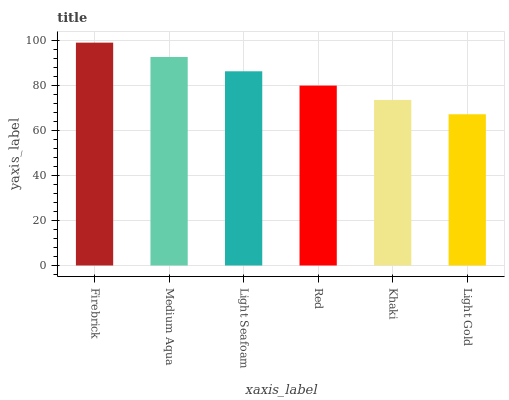
| xaxis_label | bars |
 | --- | --- |
 | Firebrick | 99 |
 | Medium Aqua | 92.6 |
 | Light Seafoam | 86.3 |
 | Red | 79.9 |
 | Khaki | 73.6 |
 | Light Gold | 67.2 |